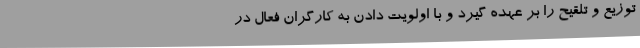
توزیع و تلقیح را بر عهده گیرد و با اولویت دادن به کارگران فعال در